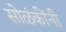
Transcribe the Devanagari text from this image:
सोळंकींनी